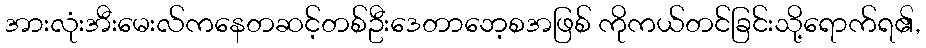
အားလုံးအီးမေးလ်ကနေတဆင့်တစ်ဦးဒေတာဘေ့စအဖြစ် ကိုကယ်တင်ခြင်းသို့ရောက်ရ၏,